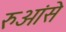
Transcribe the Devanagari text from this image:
रुआंसे